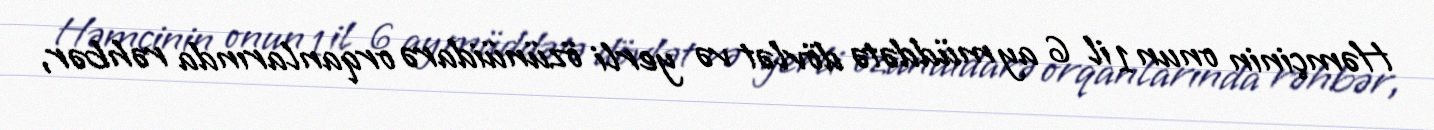
Həmçinin onun 1 il 6 ay müddətə dövlət və yerli özünüidarə orqanlarında rəhbər,